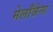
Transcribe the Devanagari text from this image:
मेलाँजेना